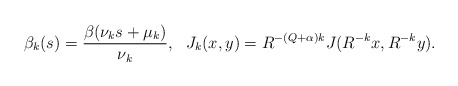
\begin{align*} \begin{aligned} \beta_k(s)={\frac{\beta(\nu_k s+\mu_k)}{\nu_k}}, ~~J_k(x,y)=R^{-(Q+\alpha)k}J(R^{-k}x,R^{-k}y). \end{aligned} \end{align*}